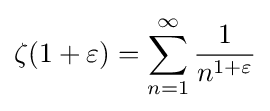
\zeta (1+\varepsilon )=\sum _{n=1}^{\infty }{\frac {1}{n^{1+\varepsilon }}}